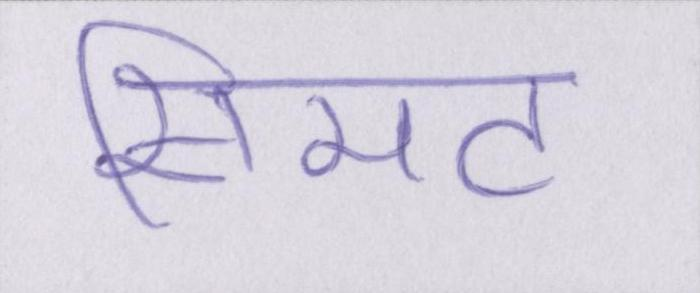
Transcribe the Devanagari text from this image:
सिमट